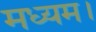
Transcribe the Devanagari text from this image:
मध्यम।